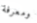
ومعرفة